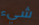
شيء